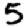
Digit: 5